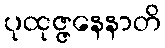
ပုထုဇ္ဇနေနာတိ